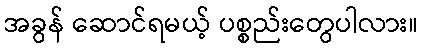
အခွန် ဆောင်ရမယ့် ပစ္စည်းတွေပါလား။